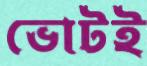
ভোটই